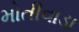
મોતીવાડા